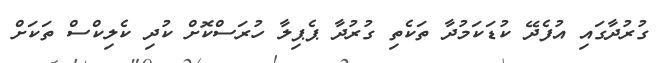
ގުރުދާގައި އުފެދޭ ކުޑަކަމުދާ ތަކެތި ގުރުދާ ޕެޕިލާ ހުރަސްކޮށް ކުދި ކެލިކްސް ތަކަށް